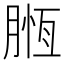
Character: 𣎄